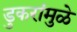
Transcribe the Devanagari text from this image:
डुकरांमुळे